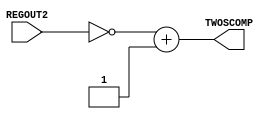
// Computer Architecture (CO224) - Lab 05
// Design: 2's complement operator of Simple Processor

module twoscomplement (REGOUT2,TWOSCOMP);
  input  [7:0]REGOUT2;
  output [7:0]TWOSCOMP;//output for 2's complement result

  reg [7:0]TWOSCOMP;//register to store 2's complement result

  always @(*)
  begin
       TWOSCOMP = (~REGOUT2 + 'b1);//here bits comming from REGOUT2 is inverted and add 1 to it
  end
endmodule